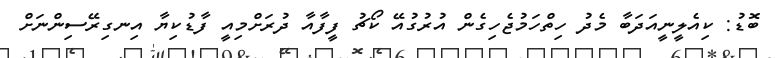
ބޮޑު: ކިއެލީނީއަދަބާ މެދު ހިތްހަމުޖެހިގެން އުރުގުއޭ ކޯޗު ފީފާއާ ދުރަށްމިއީ ފާޑުކިޔާ އިނގިރޭސިންނަށް